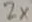
Text: 2x